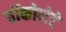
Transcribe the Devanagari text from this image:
चॉकोलेटे